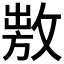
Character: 𢾕